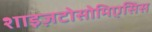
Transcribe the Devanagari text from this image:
शाइज़टोसोमिएसिस